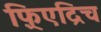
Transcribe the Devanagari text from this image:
फ़्रिएद्रिच